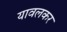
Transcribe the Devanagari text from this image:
यावलकर